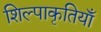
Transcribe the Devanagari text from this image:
शिल्पाकृतियाँ